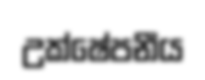
උක්ෂේපනීය